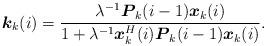
LaTeX: \begin{align*}\boldsymbol k_k(i)=\frac{\lambda^{-1}\boldsymbol P_k(i-1)\boldsymbol x_k(i)}{1+\lambda^{-1}\boldsymbol x_k^H(i)\boldsymbol P_k(i-1)\boldsymbol x_k(i)}.\end{align*}